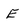
Character: E